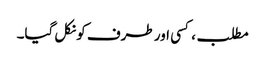
مطلب، کسی اور طرف کو نکل گیا۔